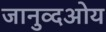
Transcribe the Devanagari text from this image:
जानुव्दओय